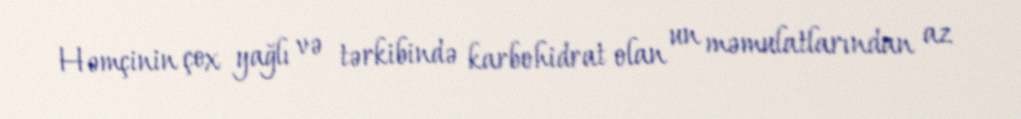
Həmçinin çox yağlı və tərkibində karbohidrat olan un məmulatlarından az